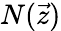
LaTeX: N(\vec{z})